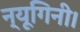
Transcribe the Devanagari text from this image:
न्यूगिनी।